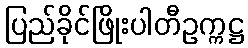
ပြည်ခိုင်ဖြိုးပါတီဥက္ကဋ္ဌ